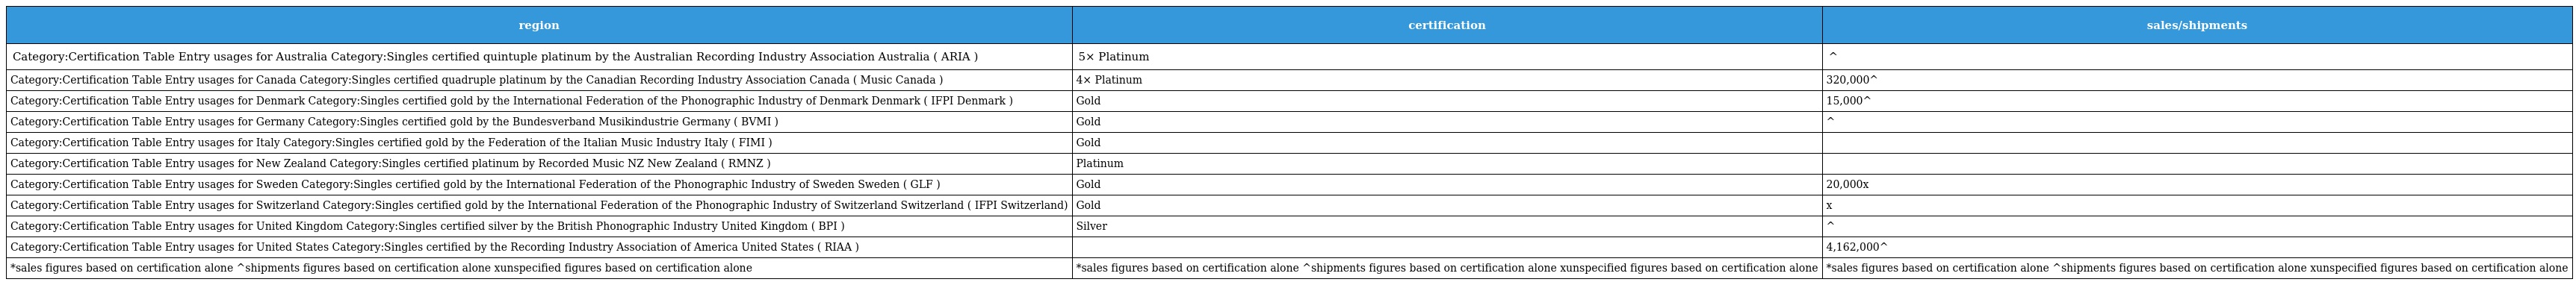
| region | certification | sales/shipments |
 | --- | --- | --- |
 | Category:Certification Table Entry usages for Australia Category:Singles certified quintuple platinum by the Australian Recording Industry Association Australia ( ARIA ) | 5× Platinum | ^ |
 | Category:Certification Table Entry usages for Canada Category:Singles certified quadruple platinum by the Canadian Recording Industry Association Canada ( Music Canada ) | 4× Platinum | 320,000^ |
 | Category:Certification Table Entry usages for Denmark Category:Singles certified gold by the International Federation of the Phonographic Industry of Denmark Denmark ( IFPI Denmark ) | Gold | 15,000^ |
 | Category:Certification Table Entry usages for Germany Category:Singles certified gold by the Bundesverband Musikindustrie Germany ( BVMI ) | Gold | ^ |
 | Category:Certification Table Entry usages for Italy Category:Singles certified gold by the Federation of the Italian Music Industry Italy ( FIMI ) | Gold |  |
 | Category:Certification Table Entry usages for New Zealand Category:Singles certified platinum by Recorded Music NZ New Zealand ( RMNZ ) | Platinum |  |
 | Category:Certification Table Entry usages for Sweden Category:Singles certified gold by the International Federation of the Phonographic Industry of Sweden Sweden ( GLF ) | Gold | 20,000x |
 | Category:Certification Table Entry usages for Switzerland Category:Singles certified gold by the International Federation of the Phonographic Industry of Switzerland Switzerland ( IFPI Switzerland) | Gold | x |
 | Category:Certification Table Entry usages for United Kingdom Category:Singles certified silver by the British Phonographic Industry United Kingdom ( BPI ) | Silver | ^ |
 | Category:Certification Table Entry usages for United States Category:Singles certified by the Recording Industry Association of America United States ( RIAA ) |  | 4,162,000^ |
 | *sales figures based on certification alone ^shipments figures based on certification alone xunspecified figures based on certification alone | *sales figures based on certification alone ^shipments figures based on certification alone xunspecified figures based on certification alone | *sales figures based on certification alone ^shipments figures based on certification alone xunspecified figures based on certification alone |